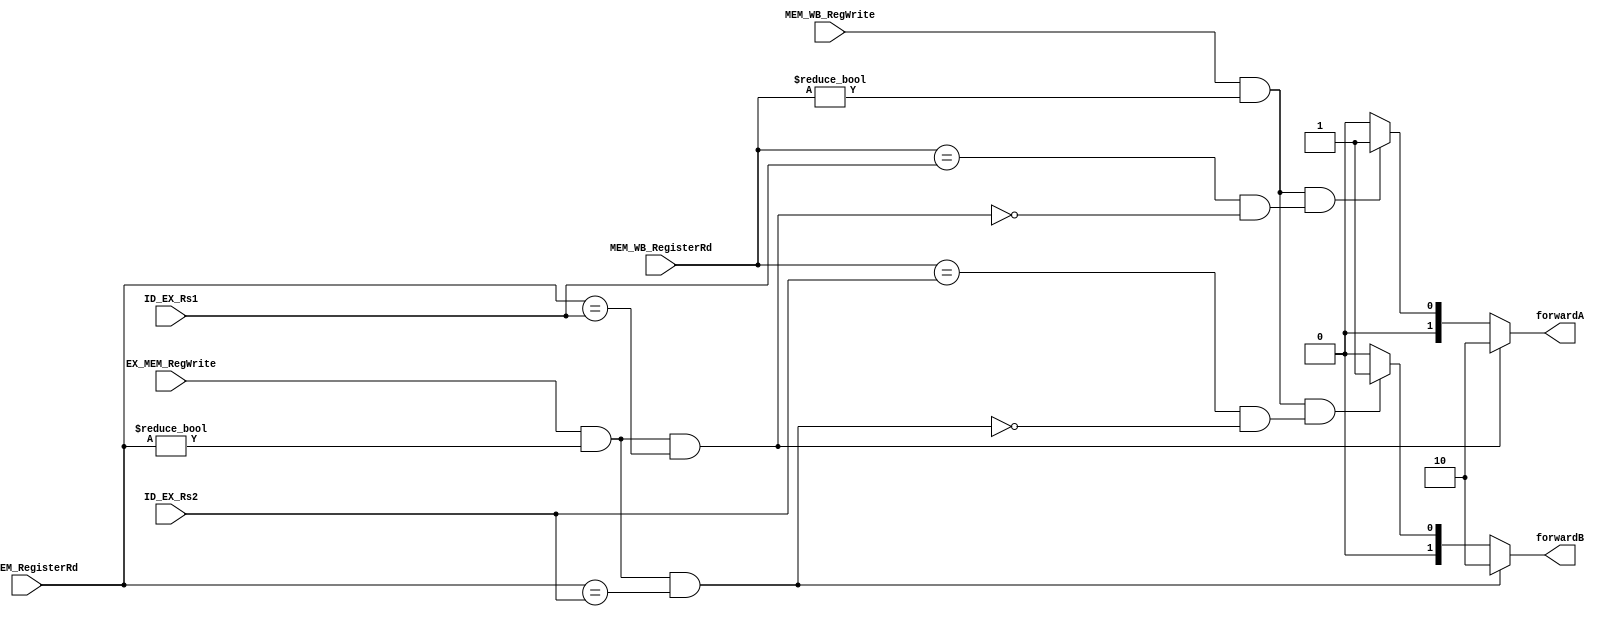
// This program was cloned from: https://github.com/Helazhary/Riscv-Verilog-Pipelined
// License: BSD 3-Clause "New" or "Revised" License

`timescale 1ns / 1ps
//////////////////////////////////////////////////////////////////////////////////
// Company: 
// Engineer: 
// 
// Design Name: 
// Module Name: Forwarding_Unit
// Project Name: 
// Target Devices: 
// Tool Versions: 
// Description: 
// 
// Dependencies: 
// 
// Revision:
// Revision 0.01 - File Created
// Additional Comments:
// 
//////////////////////////////////////////////////////////////////////////////////

module Forwarding_Unit(
    input [4:0] ID_EX_Rs1, ID_EX_Rs2,
    input EX_MEM_RegWrite, MEM_WB_RegWrite,
    input [4:0] EX_MEM_RegisterRd, MEM_WB_RegisterRd,
    output  [1:0] forwardA, forwardB
);

     reg [1:0] fA,fB;
    always @(*)begin

        // Handling EX hazard
        if (EX_MEM_RegWrite && EX_MEM_RegisterRd != 0 && EX_MEM_RegisterRd == ID_EX_Rs1)
            fA = 2'b10;
        else if ((MEM_WB_RegWrite && MEM_WB_RegisterRd != 0) && (MEM_WB_RegisterRd == ID_EX_Rs1 && !((EX_MEM_RegWrite && EX_MEM_RegisterRd != 0) && (EX_MEM_RegisterRd == ID_EX_Rs1))))
            fA = 2'b01;
        else
            fA=0;


        if (EX_MEM_RegWrite && EX_MEM_RegisterRd != 0 && EX_MEM_RegisterRd == ID_EX_Rs2)
            fB = 2'b10;

        else if ((MEM_WB_RegWrite && MEM_WB_RegisterRd != 0) && (MEM_WB_RegisterRd == ID_EX_Rs2 && !((EX_MEM_RegWrite && EX_MEM_RegisterRd != 0) && (EX_MEM_RegisterRd == ID_EX_Rs2))))
            fB = 2'b01;
        else
            fB=0;

    end
    
    assign forwardA =fA;
    assign forwardB =fB;
endmodule